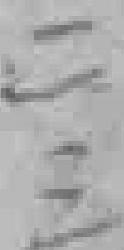
二三